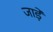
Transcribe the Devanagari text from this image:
जाड़ें